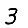
Digit: 3